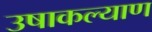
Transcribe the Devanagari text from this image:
उषाकल्याण